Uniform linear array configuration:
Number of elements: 16
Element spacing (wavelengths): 1
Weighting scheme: exponential
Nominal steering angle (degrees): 45
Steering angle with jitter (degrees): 43.193
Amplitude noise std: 0.05
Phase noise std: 0.05

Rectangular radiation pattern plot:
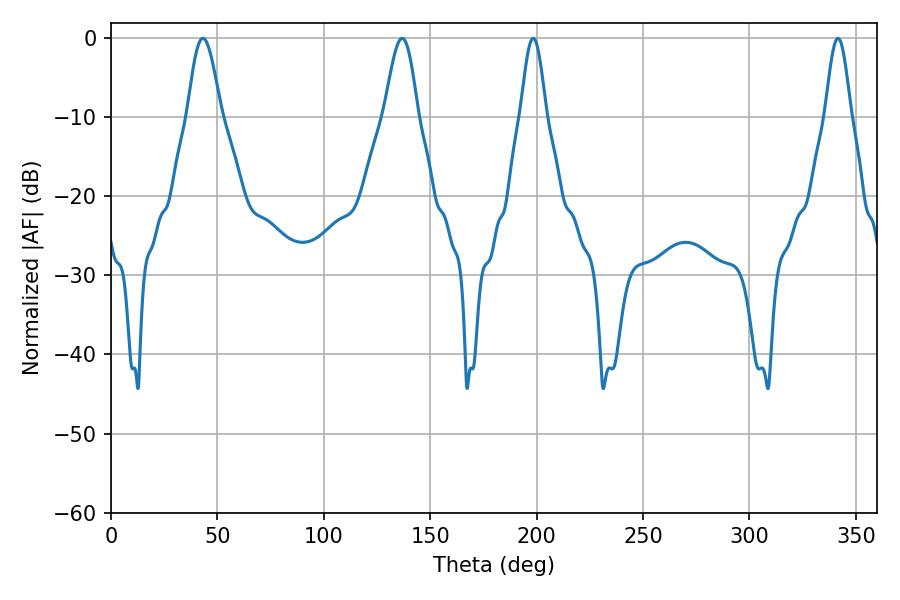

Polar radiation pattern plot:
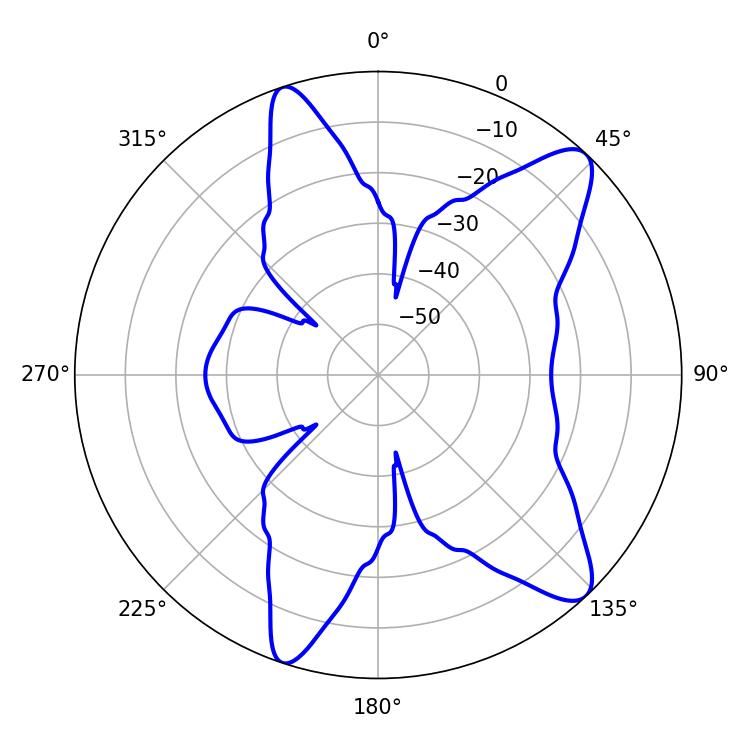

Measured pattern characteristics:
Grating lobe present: TRUE
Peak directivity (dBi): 11.02
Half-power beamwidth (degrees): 8.28
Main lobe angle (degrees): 43.2